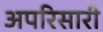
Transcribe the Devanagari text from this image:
अपरिसारी